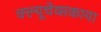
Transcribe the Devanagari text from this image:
क्ल्यूचेव्सकाया